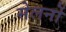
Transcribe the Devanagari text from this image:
सेलर्नो